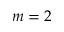
m = 2